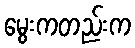
မွေးကတည်းက